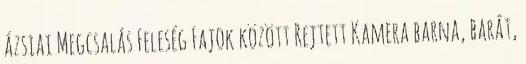
ázsiai Megcsalás Feleség Fajok között Rejtett Kamera barna, barát,